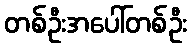
တစ်ဦးအပေါ်တစ်ဦး